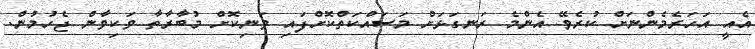
އެއީ އަހަރެމެންނަށް ކުރެވޭ އެންމެ ރަނގަޅަށް މަސައްކަތްކޮށްފައި ވަނިކޮށް މުބާރާތާ ވަކިވާން ޖެހުމުން.